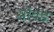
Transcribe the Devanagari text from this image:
सोवड